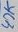
Text: 47K